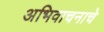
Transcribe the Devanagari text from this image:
अभिवाचनाचे